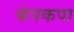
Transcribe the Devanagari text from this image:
कंपकपा